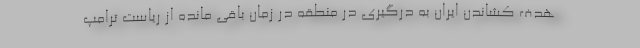
هدف کشاندن ایران به درگیری در منطقه در زمان باقی مانده از ریاست ترامپ